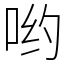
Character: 哟